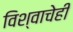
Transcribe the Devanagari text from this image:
विश्वाचेही